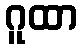
ဂူထာ